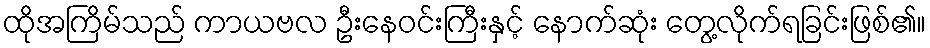
ထိုအကြိမ်သည် ကာယဗလ ဦးနေဝင်းကြီးနှင့် နောက်ဆုံး တွေ့လိုက်ရခြင်းဖြစ်၏။